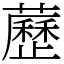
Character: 藶